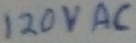
Text: 120VAC